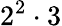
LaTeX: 2^{2}\cdot 3